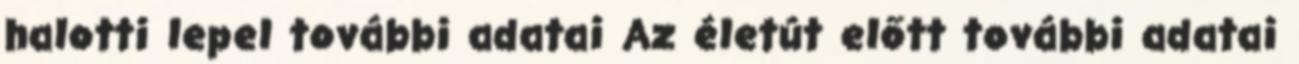
halotti lepel további adatai Az életút előtt további adatai